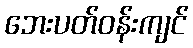
ဘေးပတ်ဝန်းကျင်